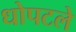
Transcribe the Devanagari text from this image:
धोपटले